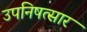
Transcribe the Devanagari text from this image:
उपनिषत्सार